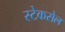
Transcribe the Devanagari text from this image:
स्टेकसेल